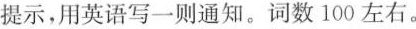
提示，用英语写一则通知。词数100左右。